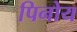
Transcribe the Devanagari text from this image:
पिनोय